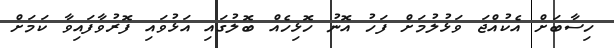
ހިސާބަށް އެކުއްޖަ ވަޅުލުމަށް ފަހު އޮނު ހޮޅިހެއް ބޮލުގައި އަޅުވައި ފޮރުވާފައިވާ ކަމަށް